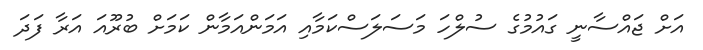
އަށް ޖައްސާނީ ގައުމުގެ ސުލްހަ މަސަލަސްކަމާއި އަމަންއަމާން ކަމަށް ބުރޫއަ އަރާ ފަދަ